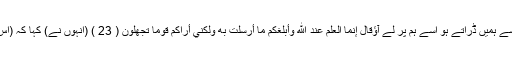
اگر سچے ہو تو جس چیز سے ہمیں ڈراتے ہو اسے ہم پر لے آؤقَالَ إِنَّمَا الْعِلْمُ عِندَ اللَّهِ وَأُبَلِّغُكُم مَّا أُرْسِلْتُ بِهِ وَلَٰكِنِّي أَرَاكُمْ قَوْمًا تَجْهَلُونَ ( 23 ) (انہوں نے) کہا کہ (اس کا) علم تو خدا ہی کو ہے۔